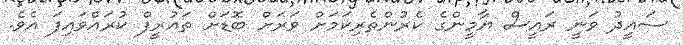
ސައީދު ވަނީ ރައީސް ޔާމީންގެ ކެރުންތެރިކަމަށް ވަރަށް ބޮޑަށް ތައުރީފް ކުރައްވައިފަ އެވެ.